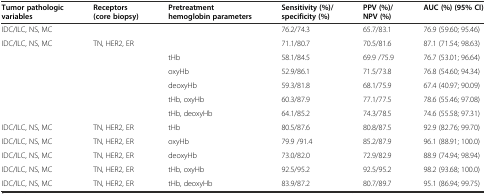
<table><thead><tr><td><b>Tumor pathologic variables</b></td><td><b>Receptors (core biopsy)</b></td><td><b>Pretreatment hemoglobin parameters</b></td><td><b>Sensitivity (%)/specificity (%)</b></td><td><b>PPV (%)/NPV (%)</b></td><td><b>AUC (%) (95% CI)</b></td></tr></thead><tbody><tr><td>IDC/ILC, NS, MC</td><td></td><td></td><td>76.2/74.3</td><td>65.7/83.1</td><td>76.9 (59.60; 95.46)</td></tr><tr><td>IDC/ILC, NS, MC</td><td>TN, HER2, ER</td><td></td><td>71.1/80.7</td><td>70.5/81.6</td><td>87.1 (71.54; 98.63)</td></tr><tr><td></td><td></td><td>tHb</td><td>58.1/84.5</td><td>69.9 /75.9</td><td>76.7 (53.01; 96.64)</td></tr><tr><td></td><td></td><td>oxyHb</td><td>52.9/86.1</td><td>71.5/73.8</td><td>76.8 (54.60; 94.34)</td></tr><tr><td></td><td></td><td>deoxyHb</td><td>59.3/81.8</td><td>68.1/75.9</td><td>67.4 (40.97; 90.09)</td></tr><tr><td></td><td></td><td>tHb, oxyHb</td><td>60.3/87.9</td><td>77.1/77.5</td><td>78.6 (55.46; 97.08)</td></tr><tr><td></td><td></td><td>tHb, deoxyHb</td><td>64.1/85.2</td><td>74.3/78.5</td><td>74.6 (55.58; 97.31)</td></tr><tr><td>IDC/ILC, NS, MC</td><td>TN, HER2, ER</td><td>tHb</td><td>80.5/87.6</td><td>80.8/87.5</td><td>92.9 (82.76; 99.70)</td></tr><tr><td>IDC/ILC, NS, MC</td><td>TN, HER2, ER</td><td>oxyHb</td><td>79.9 /91.4</td><td>85.2/87.9</td><td>96.1 (88.91; 100.0)</td></tr><tr><td>IDC/ILC, NS, MC</td><td>TN, HER2, ER</td><td>deoxyHb</td><td>73.0/82.0</td><td>72.9/82.9</td><td>88.9 (74.94; 98.94)</td></tr><tr><td>IDC/ILC, NS, MC</td><td>TN, HER2, ER</td><td>tHb, oxyHb</td><td>92.5/95.2</td><td>92.5/95.2</td><td>98.2 (93.68; 100.0)</td></tr><tr><td>IDC/ILC, NS, MC</td><td>TN, HER2, ER</td><td>tHb, deoxyHb</td><td>83.9/87.2</td><td>80.7/89.7</td><td>95.1 (86.94; 99.75)</td></tr></tbody></table>